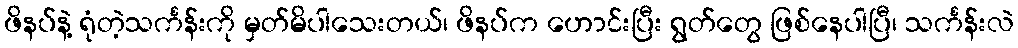
ဖိနပ်နဲ့ ရုံတဲ့သင်္ကန်းကို မှတ်မိပါသေးတယ်၊ ဖိနပ်က ဟောင်းပြီး ရွတ်တွေ ဖြစ်နေပါပြီ၊ သင်္ကန်းလဲ